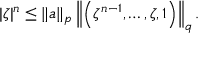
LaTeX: | \zeta | ^ { n } \leq \| a \| _ { p } \left\| \left( \zeta ^ { n - 1 } , \ldots , \zeta , 1 \right) \right\| _ { q } .